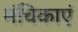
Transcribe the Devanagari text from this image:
मंचिकाएं